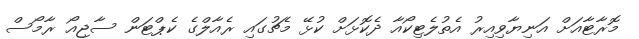
މޮރާޓާއަށް އަނިޔާވިއިރު އެތުލެޓިކޯއާ ދެކޮޅަށް ކުޅޭ މެޗުގައި ރެއާލްގެ ކެޕްޓަން ސާޖިއޯ ރާމޯސް